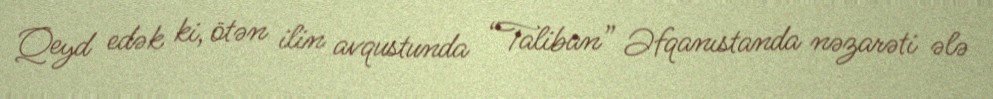
Qeyd edək ki, ötən ilin avqustunda “Taliban” Əfqanıstanda nəzarəti ələ